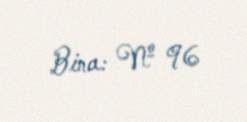
Bina: № 96